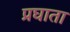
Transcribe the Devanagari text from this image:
प्रघाता